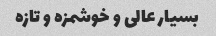
بسیار عالی و خوشمزه و تازه